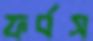
ফর্বস